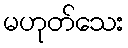
မဟုတ်သေး